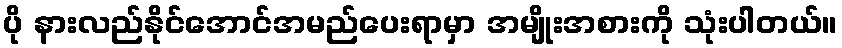
ပို နားလည်နိုင်အောင်အမည်ပေးရာမှာ အမျိုးအစားကို သုံးပါတယ်။